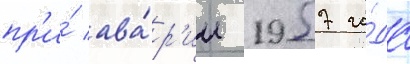
пр'и́ ава́р'ии 1957 го́да